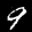
Label: 9